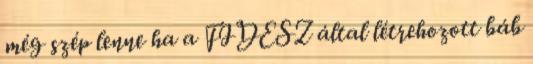
még szép lenne ha a FIDESZ által létrehozott báb